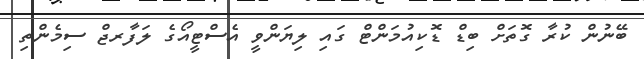
ބޭނުން ކުރާ ގޮތަށް ބިޑް ޑޮކިއުމަންޓް ގައި ލިޔަންވީ އެސްޓީއޯގެ ލަފާރޖް ސިމެންތި